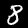
Digit: 8